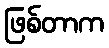
ဖြစ်တာက